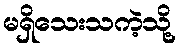
မရှိသေးသကဲ့သို့